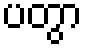
ပတွာ